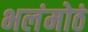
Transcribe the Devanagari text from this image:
भलंमोठं